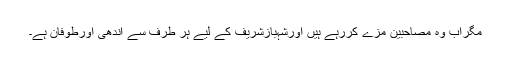
مگراب وہ مصاحبین مزے کررہے ہیں اورشہبازشریف کے لیے ہر طرف سے آندھی اورطوفان ہے۔